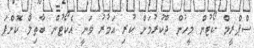
ސްޕްރީމް ކޯޓުން މީހުން ދޫކުރުމަށް ކުރި އަމުރު ވަނީ އެކޯޓުން ބާތިލް ކޮށްފަ